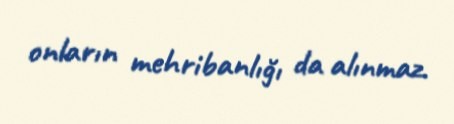
onların mehribanlığı da alınmaz.